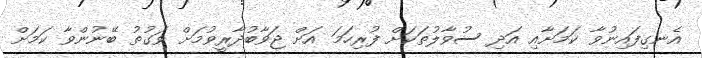
އެނގިފައިނުވާ ކަމަށާއި އަދި ސުވާލުތަކަށް ފުރިހަމަ އަށް ޖަވާބުދާރީވުމަށް ވަގުތު ބޭނުންވާ ކަމަށް